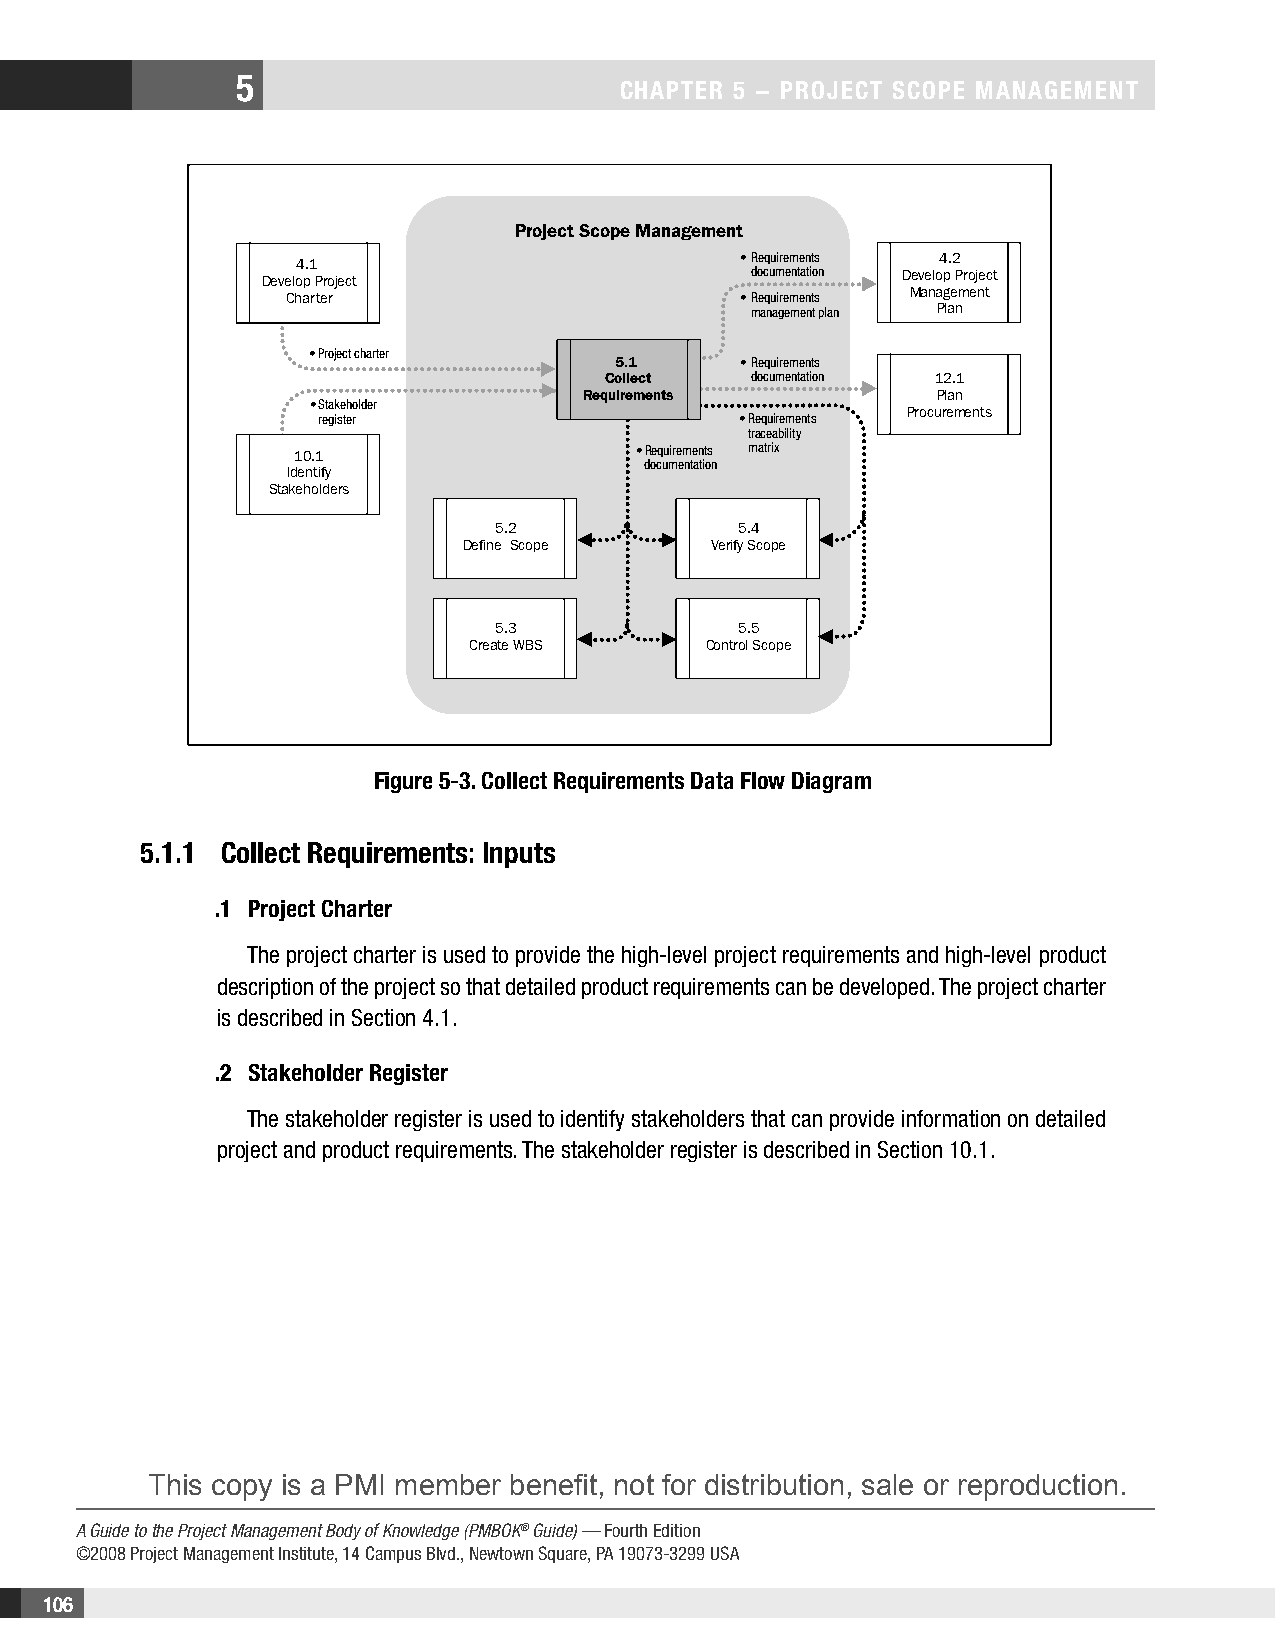
5
 CHAPTER 5 − PROjECT SCOPE MAnAgEMEnT
 Project Scope Management
 • Requirements 4.2
 4.1
 documentation Develop Project
 Develop Project
 Management
 Charter                       • Requirements
 management plan Plan
 • Project charter
 5.1     • Requirements
 Collect   documentation 12.1
 Requirements           Plan
 • Stakeholder
 Procurements
 register                    • Requirements
 traceability
 10.1                  • Requirements matrix
 documentation
 Identify
 Stakeholders
 5.2             5.4
 Define Scope    Verify Scope
 5.3             5.5
 Create WBS      Control Scope
 Figure 5-3. Collect Requirements Data Flow Diagram
 5.1.1 Collect Requirements: Inputs
 .1 Project Charter
 The project charter is used to provide the high-level project requirements and high-level product
 description of the project so that detailed product requirements can be developed. The project charter
 is described in Section 4.1.
 .2 Stakeholder Register
 The stakeholder register is used to identify stakeholders that can provide information on detailed
 project and product requirements. The stakeholder register is described in Section 10.1.
 This copy is a PMI member benefit, not for distribution, sale or reproduction.
 A Guide to the Project Management Body of Knowledge (PMBOK® Guide) — Fourth Edition
 ©2008 Project Management Institute, 14 Campus Blvd., Newtown Square, PA 19073-3299 USA
 106